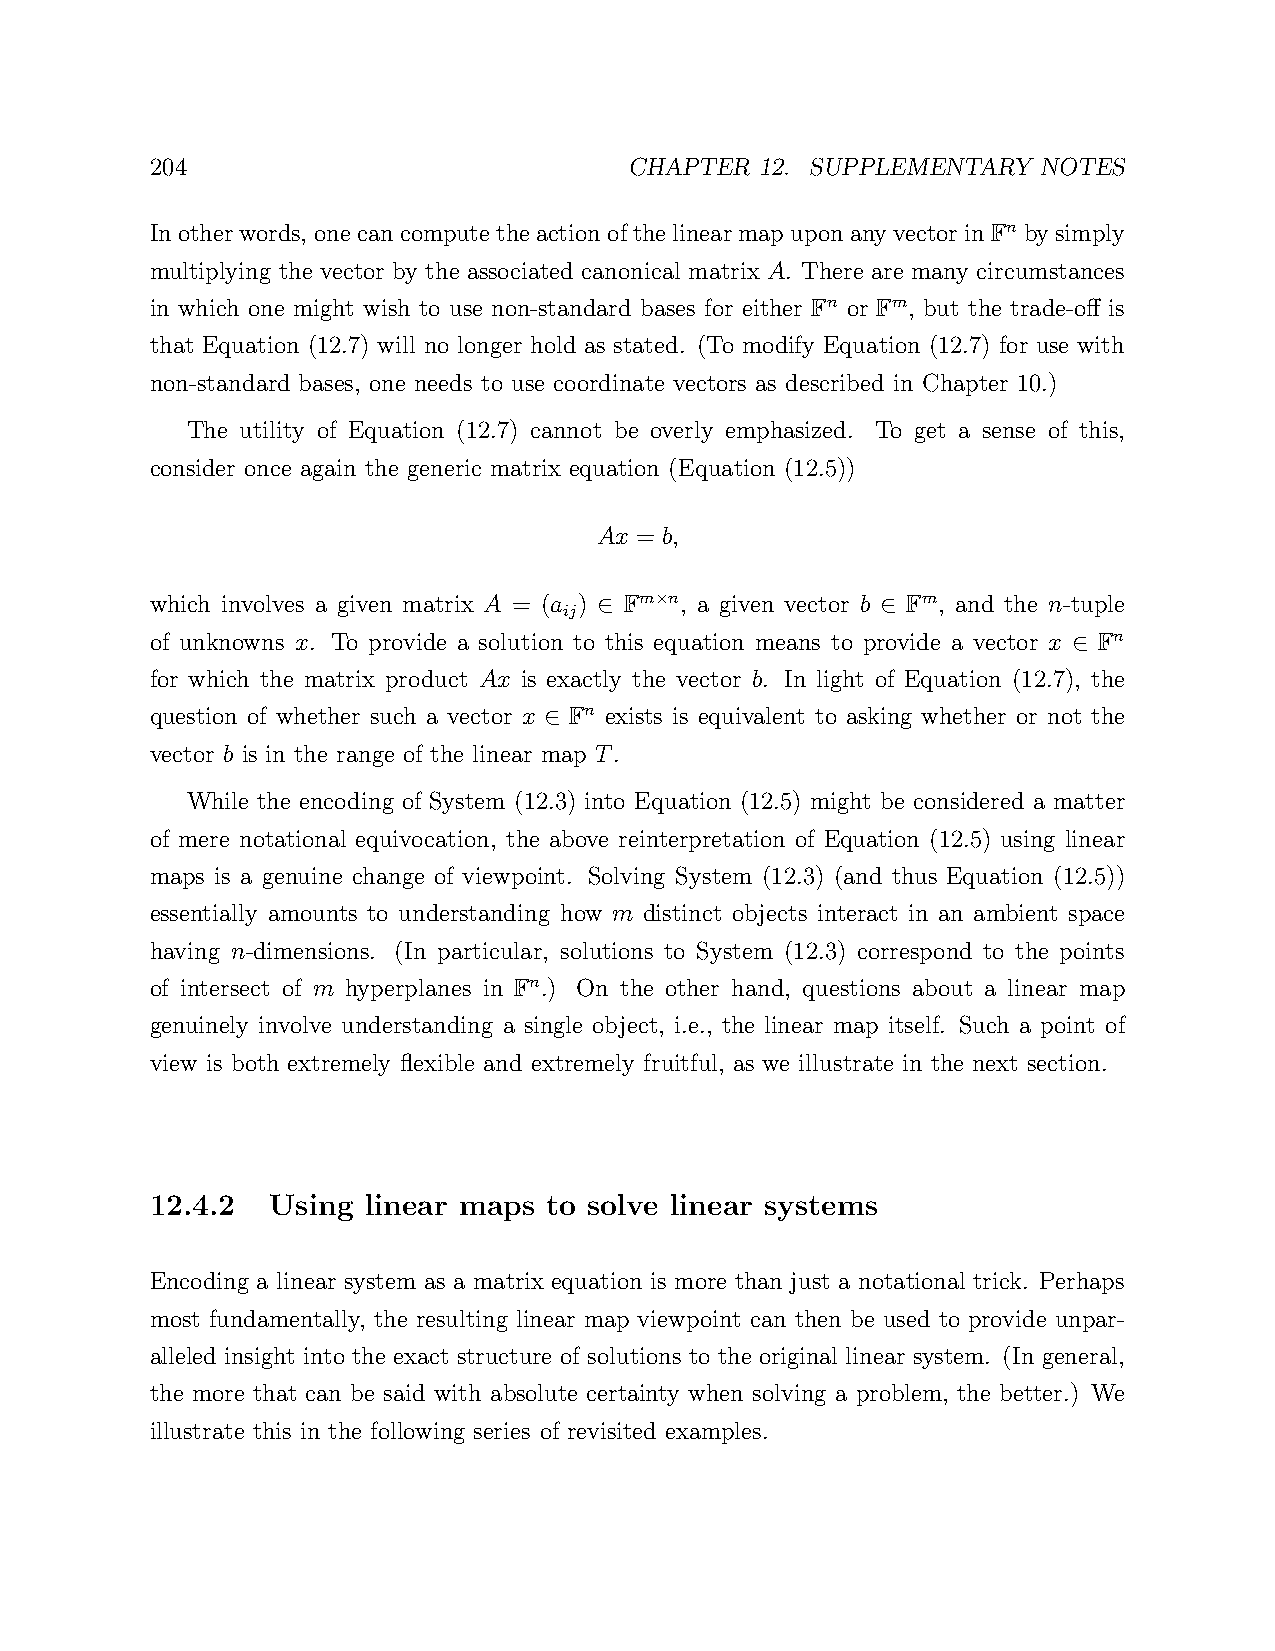
204                             CHAPTER 12. SUPPLEMENTARY  NOTES
 Inotherwords, onecancomputetheactionofthelinearmapuponanyvector inFn bysimply
 multiplying the vector by the associated canonical matrix A. There are many circumstances
 in which one might wish to use non-standard bases for either Fn or Fm, but the trade-off is
 that Equation (12.7) will no longer hold as stated. (To modify Equation (12.7) for use with
 non-standard bases, one needs to use coordinate vectors as described in Chapter 10.)
 The utility of Equation (12.7) cannot be overly emphasized. To get a sense of this,
 consider once again the generic matrix equation (Equation (12.5))
 Ax = b,
 which involves a given matrix A = (a ) Fm n, a given vector b Fm, and the n-tuple
 ij    ×
 ∈                 ∈
 of unknowns x. To provide a solution to this equation means to provide a vector x Fn
 ∈
 for which the matrix product Ax is exactly the vector b. In light of Equation (12.7), the
 question of whether such a vector x Fn exists is equivalent to asking whether or not the
 ∈
 vector b is in the range of the linear map T.
 While the encoding of System (12.3) into Equation (12.5) might be considered a matter
 of mere notational equivocation, the above reinterpretation of Equation (12.5) using linear
 maps is a genuine change of viewpoint. Solving System (12.3) (and thus Equation (12.5))
 essentially amounts to understanding how m distinct objects interact in an ambient space
 having n-dimensions. (In particular, solutions to System (12.3) correspond to the points
 of intersect of m hyperplanes in Fn.) On the other hand, questions about a linear map
 genuinely involve understanding a single object, i.e., the linear map itself. Such a point of
 view is both extremely flexible and extremely fruitful, as we illustrate in the next section.
 12.4.2  Using linear maps to solve linear systems
 Encoding a linear system as a matrix equation is more than just a notational trick. Perhaps
 most fundamentally, the resulting linear map viewpoint can then be used to provide unpar-
 alleled insight into the exact structure of solutions to the original linear system. (In general,
 the more that can be said with absolute certainty when solving a problem, the better.) We
 illustrate this in the following series of revisited examples.